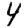
Digit: 4